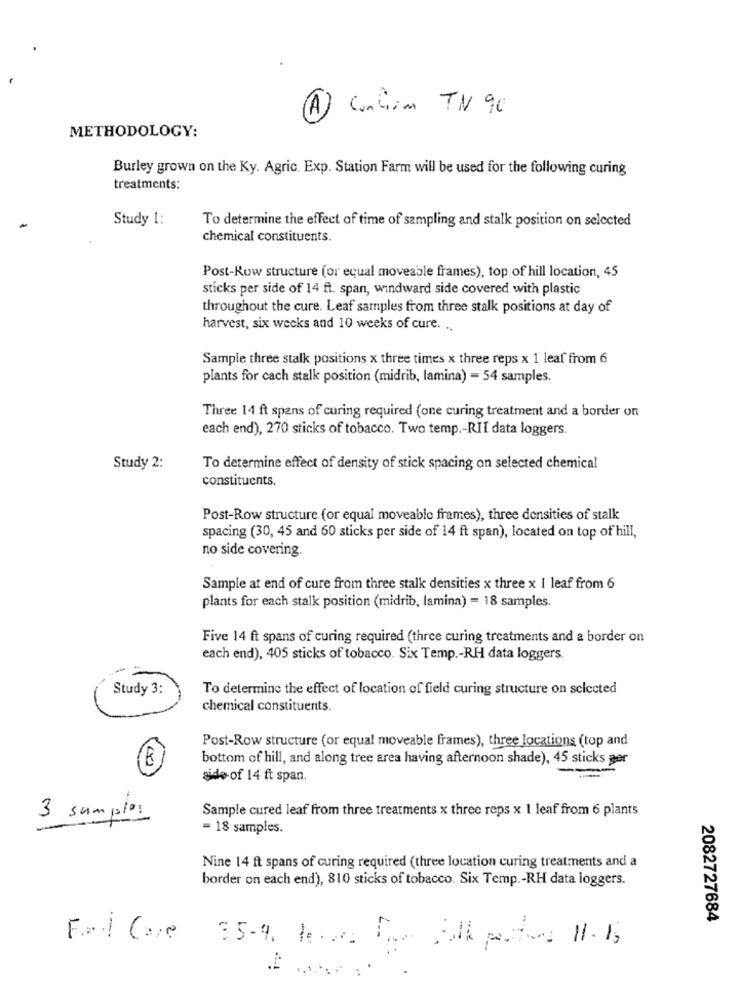
A Contiam TN 90
METHODOLOGY:
Burley grown on the Ky. Agric. Exp. Station Farm will be used for the following curing
treatments:
Study 1:
To determine the effect of time of sampling and stalk position on selected
chemical constituents.
Post-Row structure (or equal moveable frames), top of hill location, 45
sticks per side of 14 ft. span, windward side covered with plastic
throughout the cure. Leaf samples from three stalk positions at day of
harvest, six weeks and 10 weeks of cure. ..
Sample three stalk positions x three times x three reps x 1 leaf from 6
plants for cach stalk position (midrib, lamina) = 54 samples.
Three 14 ft spans of curing required (one curing treatment and a border on
each end), 270 sticks of tobacco. Two temp .- RII data loggers.
Study 2:
To determine effect of density of stick spacing on selected chemical
constituents.
Post-Row structure (or equal moveable frames), three densities of stalk
spacing (30, 45 and 60 sticks per side of 14 ft span), located on top of hill,
no side covering.
Sample at end of cure from three stalk densities x three x 1 leaf from 6
plants for each stalk position (midrib, lamina) = 18 samples.
Five 14 ft spans of curing required (thrce curing treatments and a border on
each end), 405 sticks of tobacco. Six Temp .- RH data loggers.
Study 3:
To determine the effect of location of field curing structure on selected
chemical constituents.
Post-Row structure (or equal moveable frames), three locations (top and
bottom of hill, and along tree area having afternoon shade), 45 sticks per
side of 14 ft span.
3 samples
Sample cured leaf from three treatments x three reps x 1 leaf from 6 plants
= 18 samples.
Nine 14 ft spans of curing required (three location curing treatments and a
border on each end), 810 sticks of tobacco. Six Temp .- RH data loggers.
2082727684
F.r.l Care
35-9. R.c.